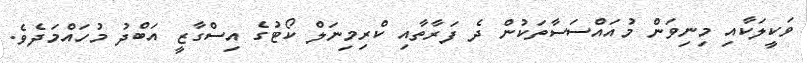
ވަކީލަކާއި މިނިވަން މުއައްސަސާތަކުން ދެ ފަރާތާއި ކްރިމިނަލް ކޯޓުގެ އިސްގާޒީ އަބްދު މުހައްމަދެވެ.